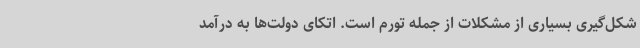
شکل‌گیری بسیاری از مشکلات از جمله تورم است. اتکای دولت‌ها به درآمد